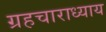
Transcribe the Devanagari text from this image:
ग्रहचाराध्याय